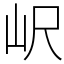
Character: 𡵸